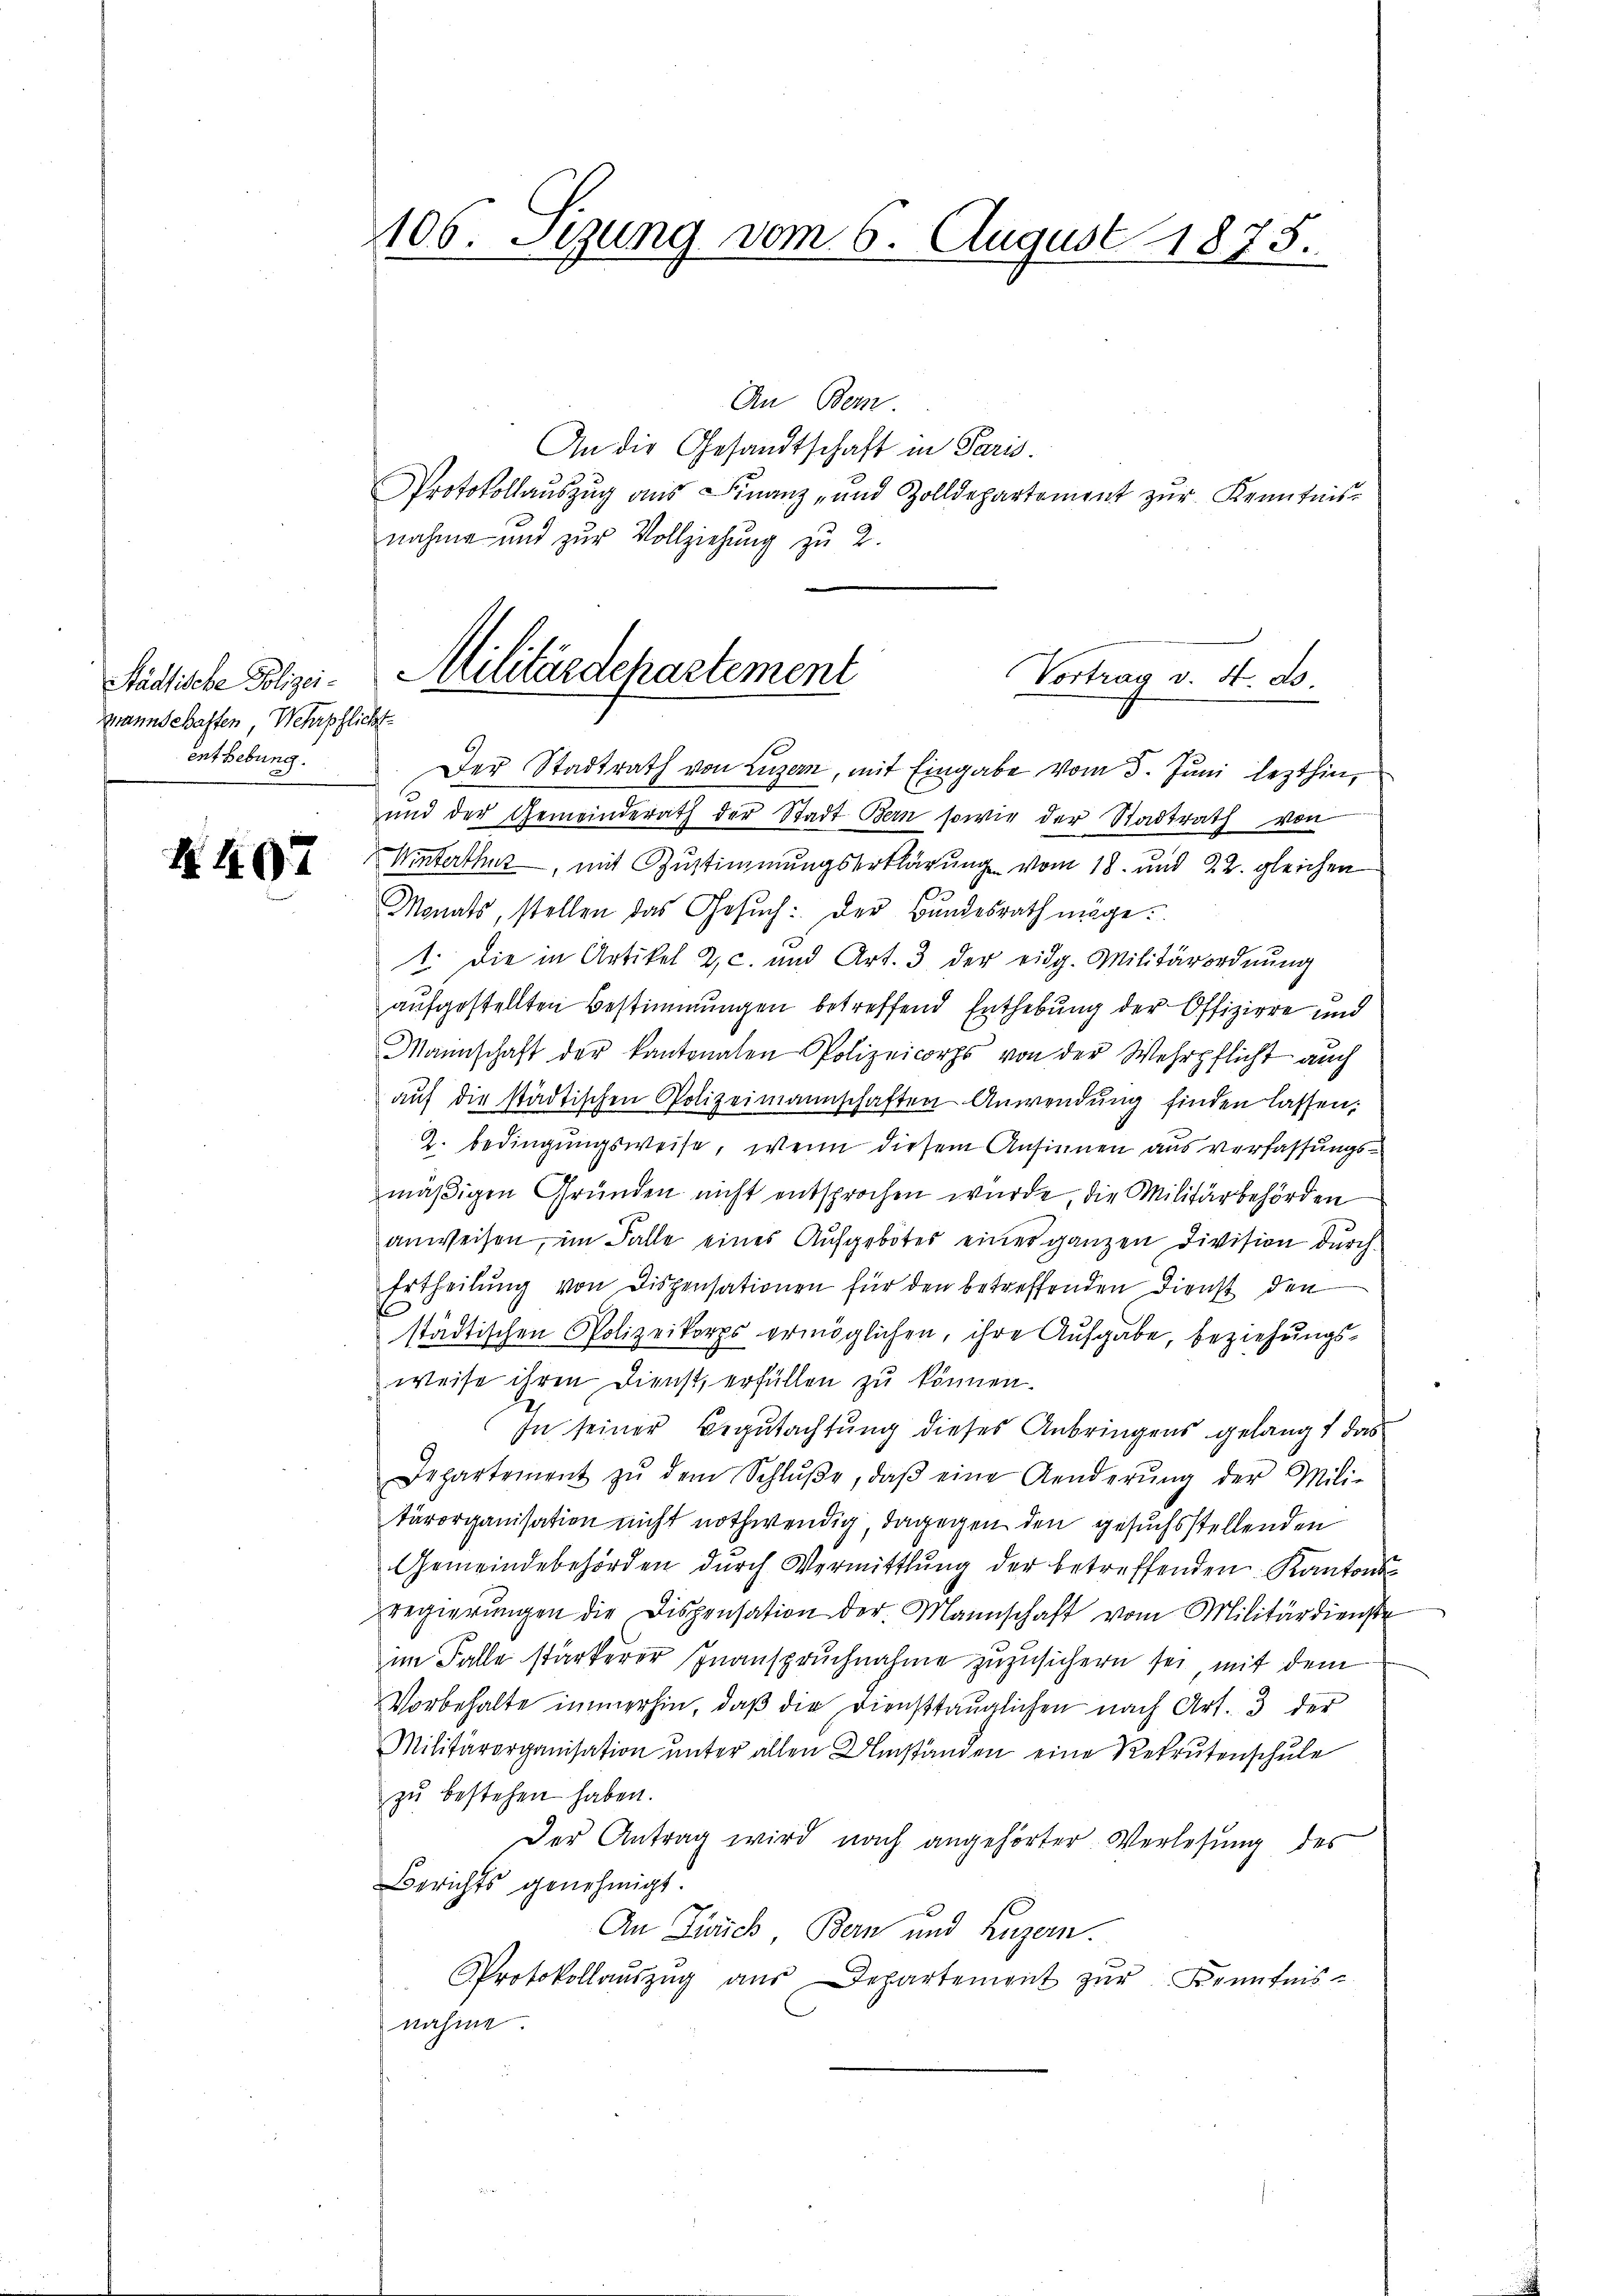
annschaften, Wehrpflicht
ent Hebung.

N. 497

106. Sezung vom 6. August 1875.

An Bern
An die Gesandtschaft in Paris.
Protokollaŭszŭg aŭs Finanz- und Zolldepartement zŭr Kenntnis-
nahme und zur Vollziehung zu 2.
Der Stadtrath von Luzern, mit Eingabe vom 5. Juni lezthin,
und der Gemeinderath der Stadt Bern sowie der Stadtrath von
Winterthut, mit Zustimmungserklärung vom 18. und 22. gleichen
Monats, stellen das Gesuch: Der Bundesrath möge.
1. Die in Artikel 2. c. und Art. 3 der eidg. Militärordnŭng
aufgestellten Bestimmungen betreffend Enthebung der Offiziere und
Mannschaft der kantonalen Polizeicorps von der Wehrpflicht auch
aŭf die städtischen Polizeimannschaften Anwendung finden lassen,
2. bedingungsweise, wenn diesem Ansinnen aus verfassungsmäßigen Gründen nicht entsprochen wurde, die Militärbehörden
anweisen, im Falle eines Aufgebotes einer ganzen Division durch
Ertheilung von Dispensationen für den betreffenden Dienst den
städtischen Polizeikorps ermöglichen, ihre Aufgabe, beziehungsweise ihren Dienst, erfüllen zu können.
In seiner Begutachtung dieses Anbringens gelangt das
Departement zŭ dem Schlŭβe, daβ eine Aenderŭng der Mili-
tärorganisation nicht nothwendig, dagegen den gesuchsstellenden
Gemeindebehörden durch Vermittlung der betreffenden Kantons
regierŭngen die Dispensation der Mannschaft vom Militärdienste
im Falle stärkerer Inanspruchnahme zuzusichern sei, mit dem
Vorbehalte immerhin, daß die Diensttauglichen nach Art. 3 der
Militärorganisation ŭnter allen Umständen eine Rekrutenschŭle
zŭ bestehen haben.
Der Antrag wird nach angehörter Verlesung des
Berichts genehmigt.
An Zürich Bern und Luzern.
Protokollaŭszŭg aŭs Departement zŭr Kenntnis-
nahme.

Städtische Polizei-Militärdepartement
Vortrag v. 4. ds.